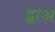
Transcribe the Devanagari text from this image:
द्वाअ